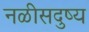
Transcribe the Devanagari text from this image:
नळीसदुष्य